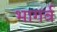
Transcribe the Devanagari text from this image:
भागर्व